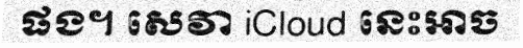
ផង។ សេវា iCloud នេះអាច